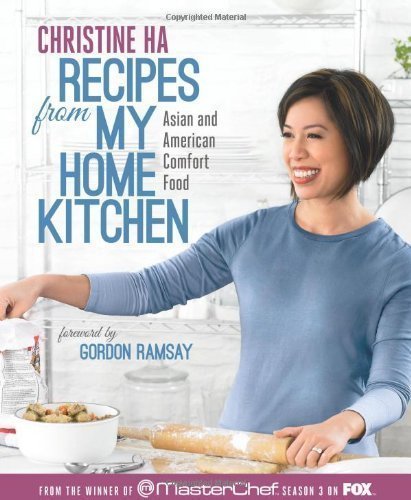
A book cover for Recipes from My Home Kitchen: Asian and American Comfort Food from the Winner of MasterChef Season 3 on FOX(TM) by Christine Ha (May 14 2013); Cookbooks, Food & Wine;